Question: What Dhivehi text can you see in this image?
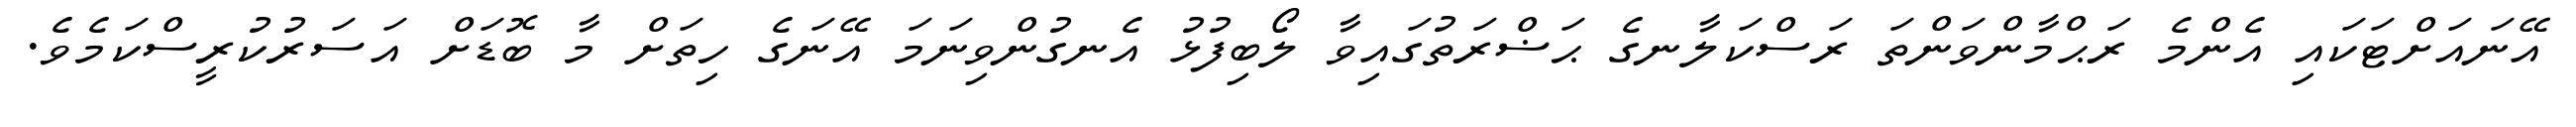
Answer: އޭނައަށްޓަކައި އެންމެ ރަޙްމާންވަންތަ ރަސްކަލާނގެ ޙަޟްރަތުގައިވާ ލޯބިފުޅު އެނގުންވިނަމަ އޭނަގެ ހިތަށް މާ ބޮޑަށް އަސަރުކުރީސްކަމެވެ.